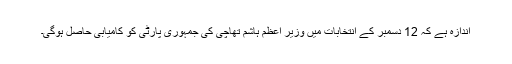
اندازہ ہے کہ 12 دسمبر کے انتخابات ميں وزير اعظم ہاشم تھاچی کی جمہوری پارٹی کو کاميابی حاصل ہوگی۔